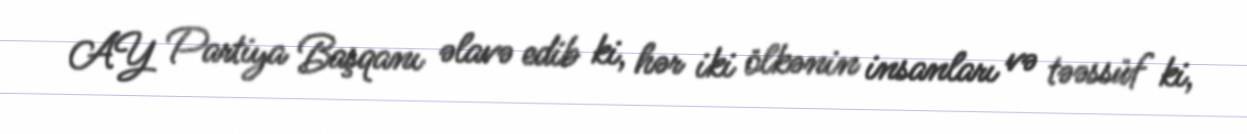
AY Partiya Başqanı əlavə edib ki, hər iki ölkənin insanları və təəssüf ki,